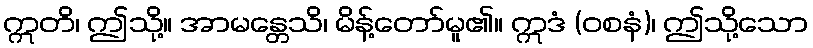
ဣတိ၊ ဤသို့။ အာမန္တေသိ၊ မိန့်တော်မူ၏။ ဣဒံ (ဝစနံ)၊ ဤသို့သော